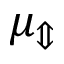
\mu _ { \Updownarrow }